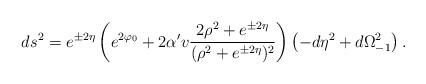
LaTeX: \begin{align*}ds^2= e^{\pm 2\eta} \left( e^{2\varphi_0}+ 2\alpha' v\frac{2\rho^2+e^{\pm 2\eta}}{(\rho^2+e^{\pm 2\eta})^2}\right) \left(-d\eta^2 + d\Omega^2_{-1}\right).\end{align*}